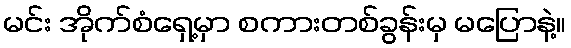
မင်း အိုက်စံရှေ့မှာ စကားတစ်ခွန်းမှ မပြောနဲ့။